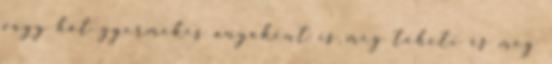
vagy hat gyermekes anyaként is meg teheti és meg